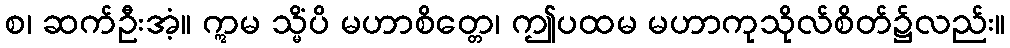
စ၊ ဆက်ဦးအံ့။ ဣမ သ္မိံပိ မဟာစိတ္တေ၊ ဤပထမ မဟာကုသိုလ်စိတ်၌လည်း။